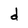
Character: d